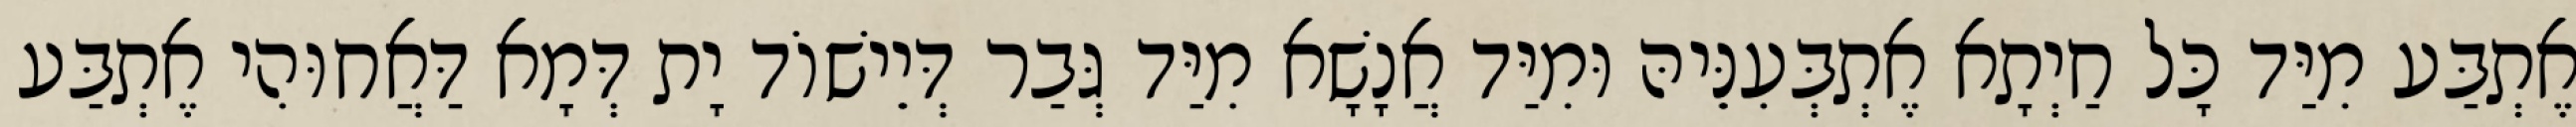
אֶתְבַּע מִיַּד כָּל חַיְתָא אֶתְבְּעִנֵּיהּ וּמִיַּד אֲנָשָׁא מִיַּד גְּבַר דְּיֵישׁוֹד יָת דְּמָא דַּאֲחוּהִי אֶתְבַּע